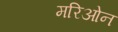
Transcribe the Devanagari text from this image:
मरिओन